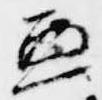
兼